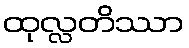
ထုလ္လတိဿာ